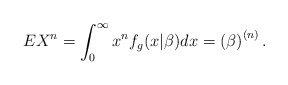
\begin{align*}EX^{n}=\int_{0}^{\infty }x^{n}f_{g}(x|\beta )dx=\left( \beta \right)^{\left( n\right) }. \end{align*}